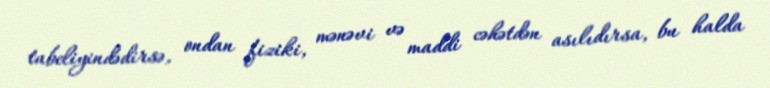
tabeliyindədirsə, ondan fiziki, mənəvi və maddi cəhətdən asılıdırsa, bu halda